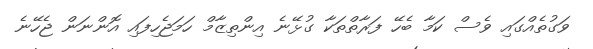
ވަގުތެއްގައި ވެސް ކަމާ ބެހޭ ފަރާތްތަކާ ގުޅޭނެ އިންތިޒާމް ހަމަޖެހިފައި އޮންނަން ޖެހޭނެ